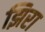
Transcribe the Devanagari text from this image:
झिरा